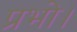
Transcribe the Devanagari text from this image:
प्रभो।